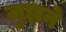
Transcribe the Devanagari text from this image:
जुझने